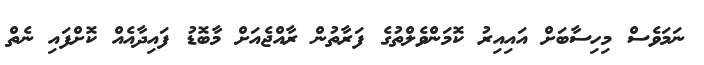
ނަމަވެސް މިހިސާބަށް އައިއިރު ކޮމަންވެލްތުގެ ފަރާތުން ރާއްޖެއަށް މާބޮޑު ފައިދާއެއް ކޮށްފައި ނެތް